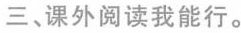
三、课外阅读我能行。